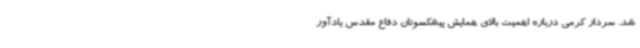
شد. سردار کرمی درباره اهمیت بالای همایش پیشکسوتان دفاع مقدس یادآور